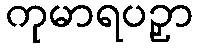
ကုမာရပဉှာ